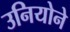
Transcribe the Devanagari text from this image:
उनियोने